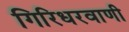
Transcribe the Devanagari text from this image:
गिरिधरवाणी